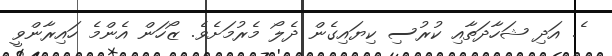
ެ. އަދި ޝަހާދަތާއި ކުރުސި ކިޔައިގެން ދެލޯ މެރުމަށެވެ. ޒޯހަން އެންމެ ހައިރާންވީ